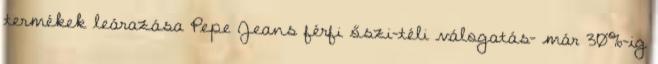
termékek leárazása Pepe Jeans férfi őszi-téli válogatás- már 30%-ig